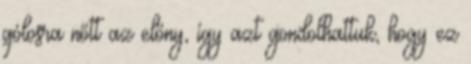
gólosra nőtt az előny, így azt gondolhattuk, hogy ez